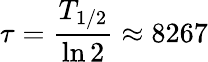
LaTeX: \tau={\frac{T_{1/2}}{\ln 2}}\approx 8267